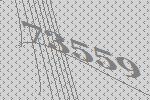
73559